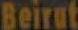
Beirut